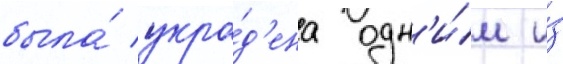
была́ укра́д'ена одн'и́м и́з